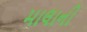
માલાની